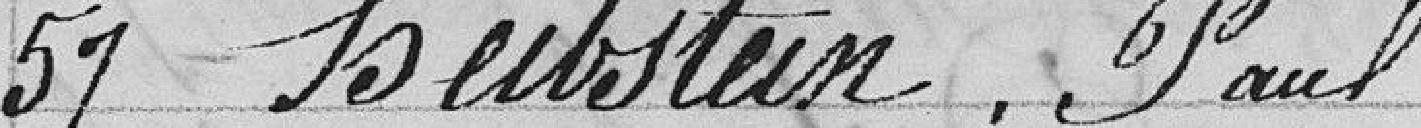
57 Heibstein, Paul